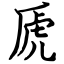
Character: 虒